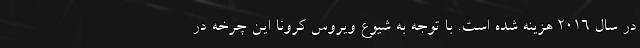
در سال 2016 هزینه شده است. با توجه به شیوع ویروس کرونا این چرخه در